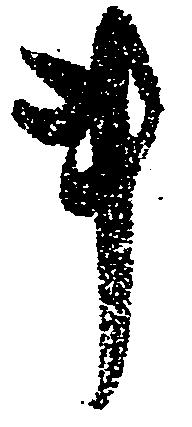
事